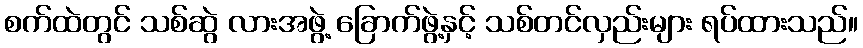
စက်ထဲတွင် သစ်ဆွဲ လားအဖွဲ့ ခြောက်ဖွဲ့နှင့် သစ်တင်လှည်းများ ရပ်ထားသည်။